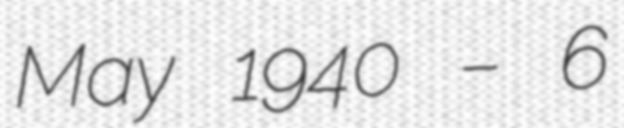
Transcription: May 1940 – 6